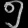
Digit: ၅